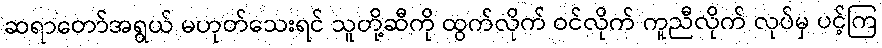
ဆရာတော်အရွယ် မဟုတ်သေးရင် သူတို့ဆီကို ထွက်လိုက် ဝင်လိုက် ကူညီလိုက် လုပ်မှ ပင့်ကြ